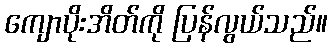
ကျောပိုးအိတ်ကို ပြန်လွယ်သည်။